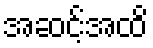
အဆင့်အထိ